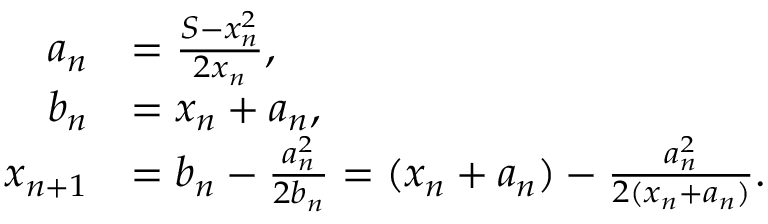
{ \begin{array} { r l } { a _ { n } } & { = { \frac { S - x _ { n } ^ { 2 } } { 2 x _ { n } } } , } \\ { b _ { n } } & { = x _ { n } + a _ { n } , } \\ { x _ { n + 1 } } & { = b _ { n } - { \frac { a _ { n } ^ { 2 } } { 2 b _ { n } } } = ( x _ { n } + a _ { n } ) - { \frac { a _ { n } ^ { 2 } } { 2 ( x _ { n } + a _ { n } ) } } . } \end{array} }